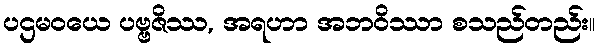
ပဌမဝယေ ပဗ္ဗဇိဿ, အရဟာ အဘဝိဿာ စသည်တည်း။